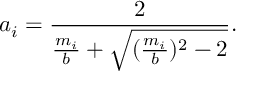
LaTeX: a _ { i } = \frac { 2 } { \frac { m _ { i } } { b } + \sqrt { ( \frac { m _ { i } } { b } ) ^ { 2 } - 2 } } .